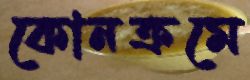
কোনক্রমে